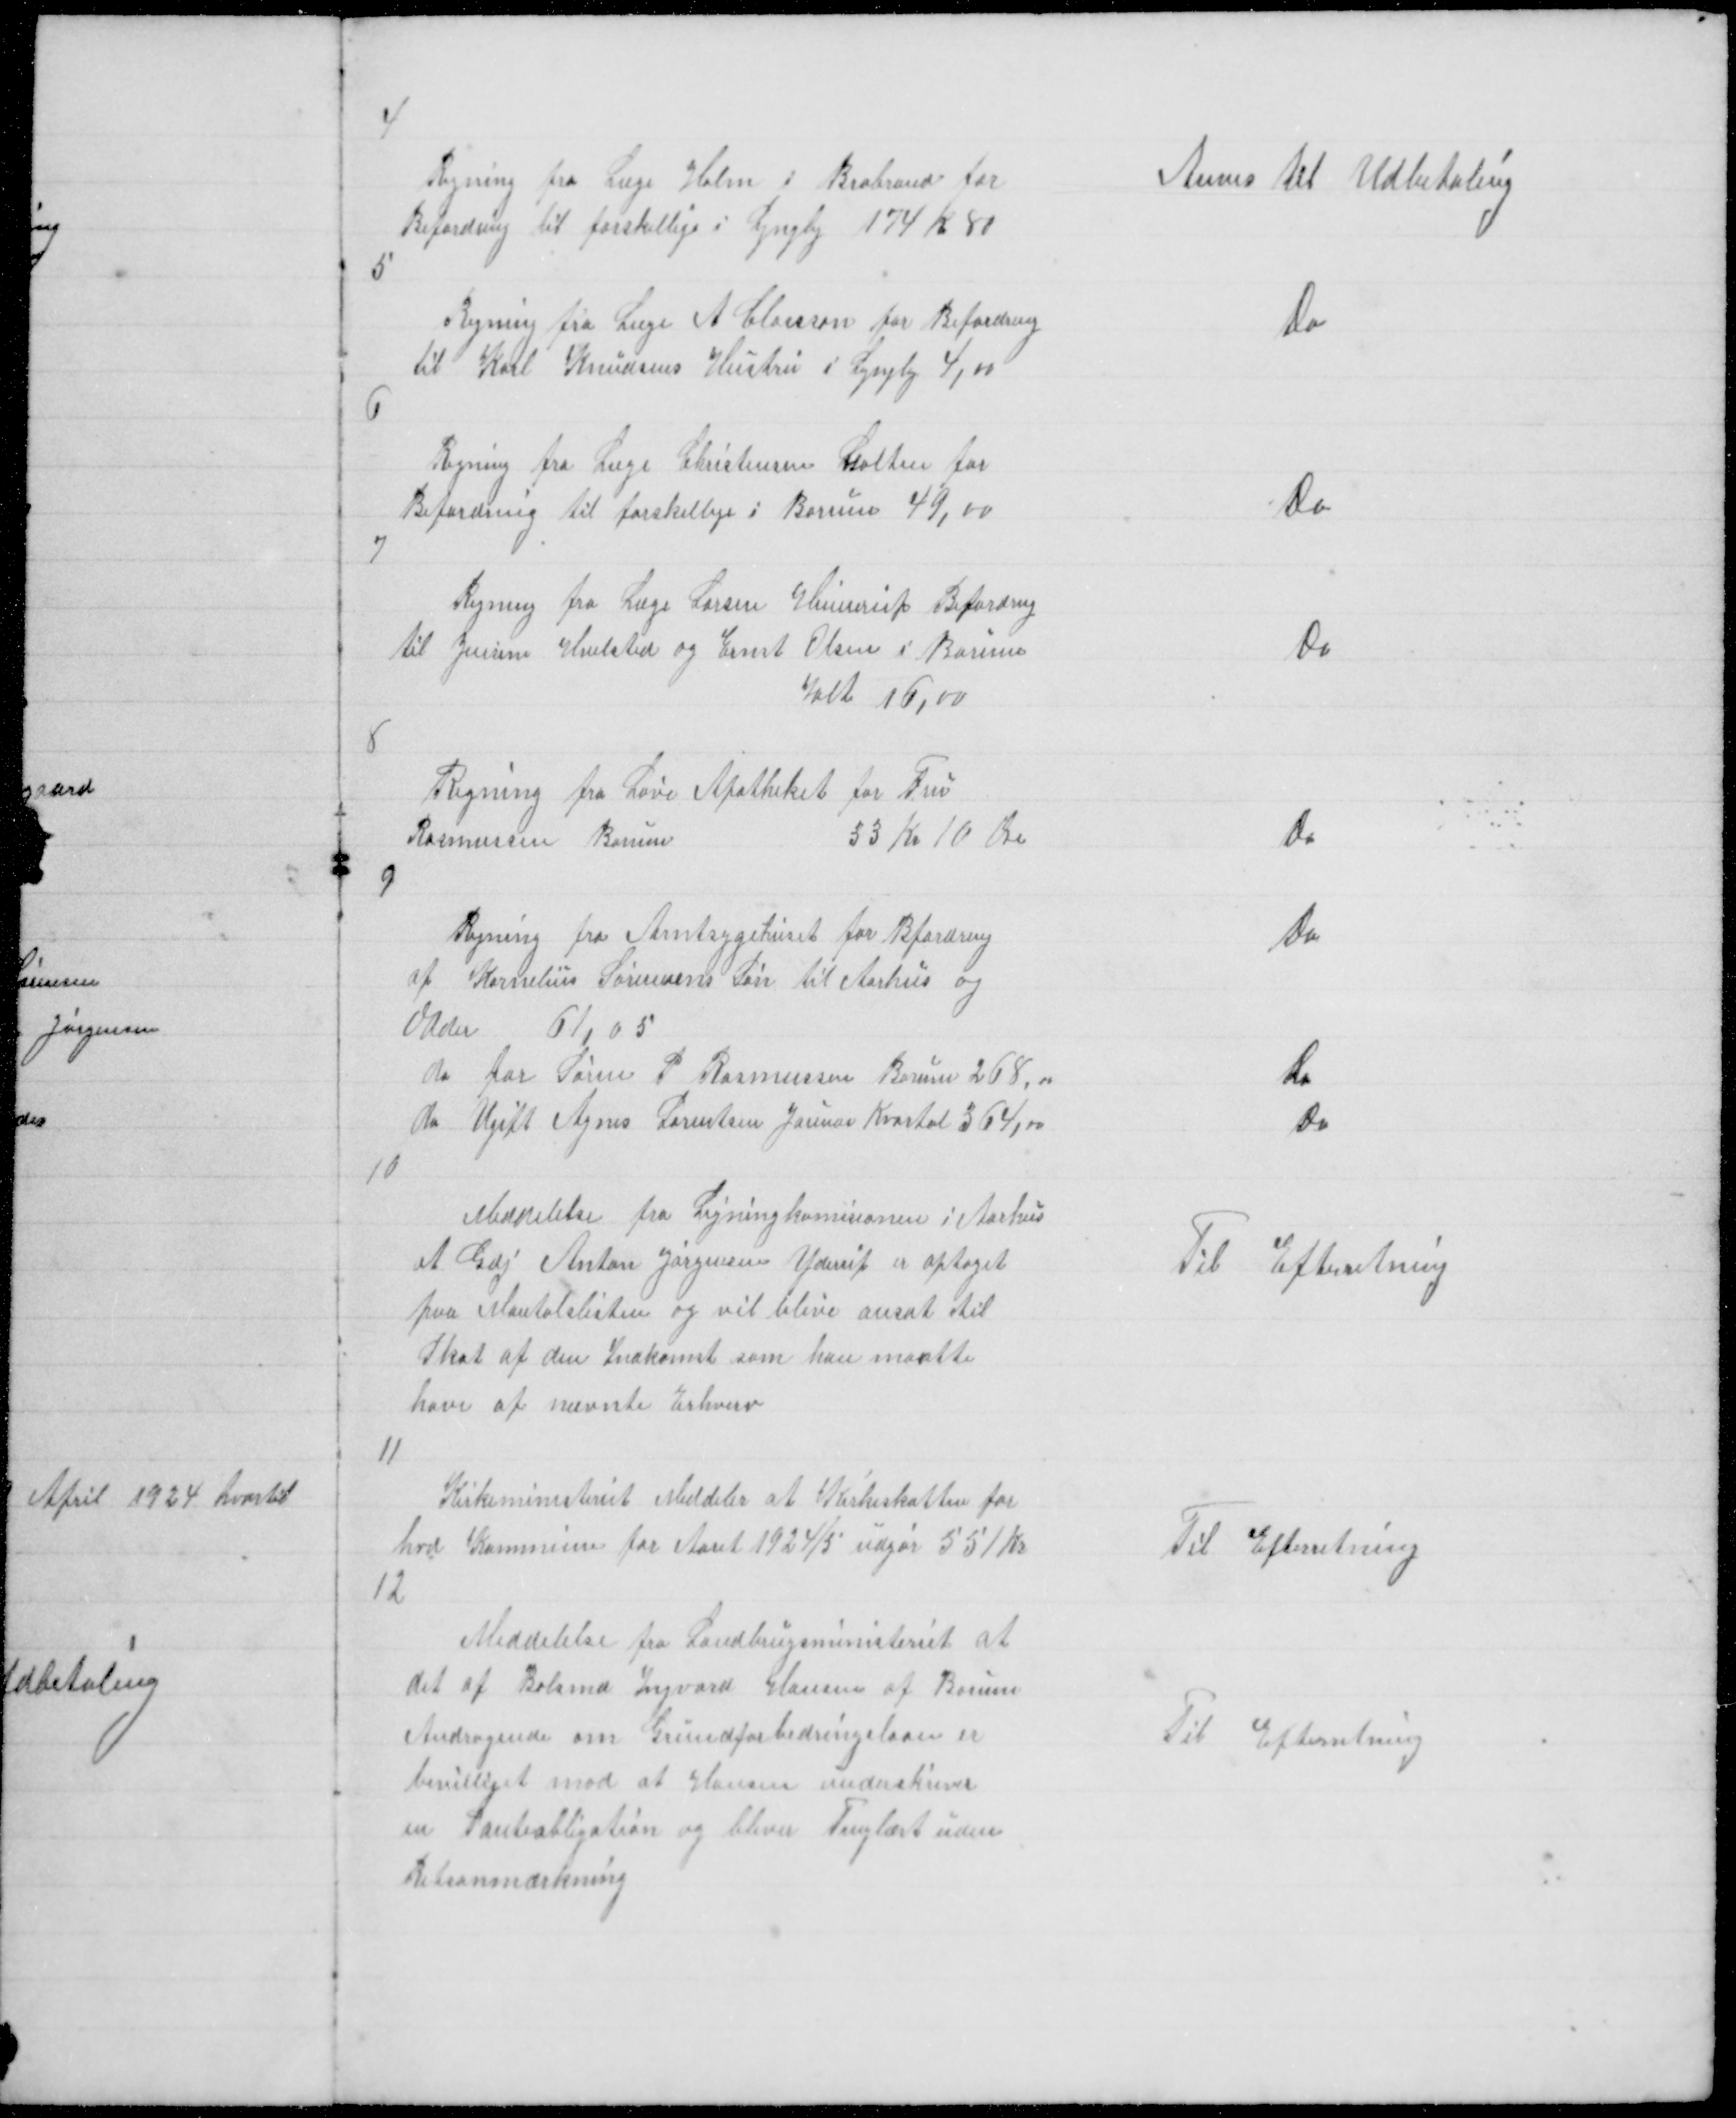
Transskription:
4

Anvis til Udbetaling

Regning fra Læge Holm i Brabrand for
Befordring til forskellige i Lyngby 174 K 80

5

Do

Regning fra Læge A Claesson for Befordring
til Karl Knudsens Hustru i Lyngby 4,00

6

Regning fra Læge Christensen Galten for
Befordring til forskellige i Borum 49,00

Do

7

Regning fra Læge Larsen Hinnerup Befordring
til Jensine Hvilsted og Ernst Olsen i Borum
Ialt 16,00

Do

8

Regning fra Løve Apotheket for Fru
Rasmussen Borum
33 Kr 10 Øre

Do

9
Regning fra Amtsygehuset for Befordring
af Kornelius Sørensens Søn til Aarhus og
Odder 61,05
do for Søren P Rasmussens Borum 268,00
do Ugift Agnes Lorentsen Januar Kvartal 364,00

Do

Do

Do

10

Meddelelse fra Ligningskomisionen i Aarhus
at Gdj Anton Jørgensen Yderup er optaget
paa Mantalslisten og vil blive ansat til
Skat af den Indkomst som han maatte
have af nævnte Erhverv

TIl Efterretning

11

Kirkeministeriet Meddeler at Kirkeskatten for
hvd Kommune for Aaret 1924/5 udgør 551 Kr

Til Efterretning

12
Meddelelse fra Landbrugsministeriet at
det af Bolsmd Ingvard Hansen af Borum
Andragende om Grundforbedringslaan er
bevilliget mod at Hansen underskriver
en Panteobligation og bliver Tinglæst uden
Retsanmærkning

Til Efterretning